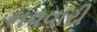
નવવારી